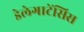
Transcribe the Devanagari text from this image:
डेलेगाटेंसिस